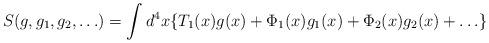
LaTeX: \begin{align*}S(g,g_1,g_2, \ldots) = \int d^4 x \{T_1(x)g(x) + \Phi_1(x)g_1(x) + \Phi_2(x)g_2(x)+ \ldots\}\end{align*}